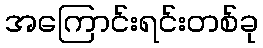
အကြောင်းရင်းတစ်ခု